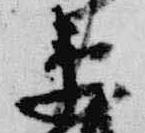
衛